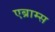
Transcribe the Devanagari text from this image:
एब्राम्‍स